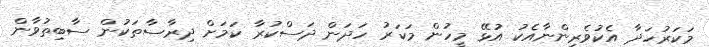
މަކަރުހަދާ އެކުވެރިންނާއެކު އުޅޭ މީހުން މަކަރު ހަދަން ދަސްކުރާ ކަމަށް ދިރާސާތަކުން ސާބިތުވާން